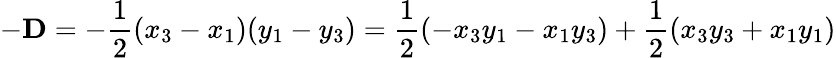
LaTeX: -\mathbf{D}=-{\frac{1}{2}}(x_{3}-x_{1})(y_{1}-y_{3})={\frac{1}{2}}(-x_{3}y_{1}-x_{1}y_{3})+{\frac{1}{2}}(x_{3}y_{3}+x_{1}y_{1})